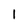
Character: 1